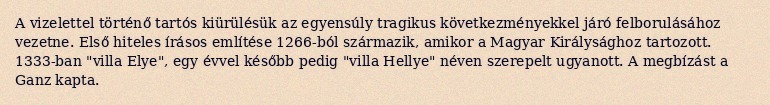
A vizelettel történő tartós kiürülésük az egyensúly tragikus következményekkel járó felborulásához vezetne. Első hiteles írásos említése 1266-ból származik, amikor a Magyar Királysághoz tartozott. 1333-ban "villa Elye", egy évvel később pedig "villa Hellye" néven szerepelt ugyanott. A megbízást a Ganz kapta.